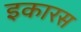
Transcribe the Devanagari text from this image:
इकारस